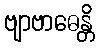
ဗျာဗာဓေန္တိ